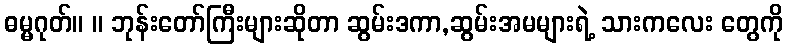
ဓမ္မဂုတ်။ ။ ဘုန်းတော်ကြီးများဆိုတာ ဆွမ်းဒကာ,ဆွမ်းအမများရဲ့ သားကလေး တွေကို